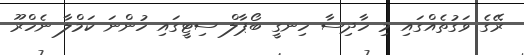
ރޭގެ ވަގުތެއްގައި މި ހާދިސާ ހިނގީ ބޯޕާލް ސިޓީގައި ހުންނަ ކަމްލާ ނެހްރޫ